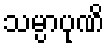
သမ္ပာပုဏိ